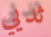
ثديي